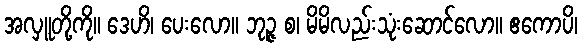
အလှူတို့ကို။ ဒေဟိ၊ ပေးလော။ ဘုဉ္ဇ စ၊ မိမိလည်းသုံးဆောင်လော။ ဧကောပိ၊